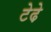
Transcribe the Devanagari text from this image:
टेढे़